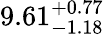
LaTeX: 9.61_{-1.18}^{+0.77}